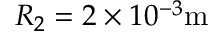
R _ { 2 } = 2 \times 1 0 ^ { - 3 } \mathrm { m }